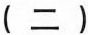
(二)